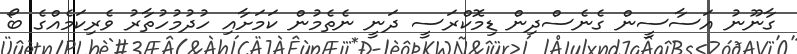
ގާނޫނު އަސާސީން ގެނެސްދިން ޑިމޮކްރަސީ ދަނީ ނެތެމުން ކަމަށާއި ހުދުމުހުތާރު ވެރިކަމެއްގެ ބޯ